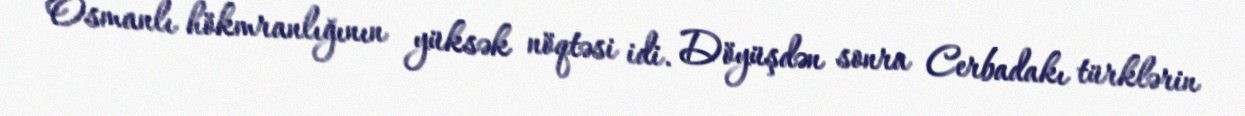
Osmanlı hökmranlığının yüksək nöqtəsi idi. Döyüşdən sonra Cerbadakı türklərin